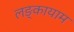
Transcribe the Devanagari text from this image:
लङ्कायाम